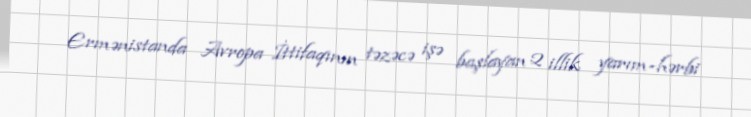
Ermənistanda Avropa İttifaqının təzəcə işə başlayan 2 illik yarım-hərbi